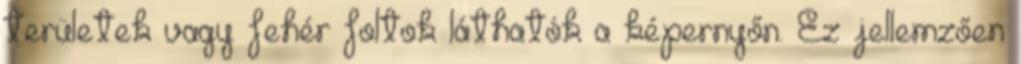
területek vagy fehér foltok láthatók a képernyőn. Ez jellemzően